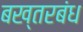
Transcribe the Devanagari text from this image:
बख्तरबंध